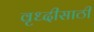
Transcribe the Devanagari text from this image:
वृध्दीसाठी